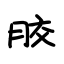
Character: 胶